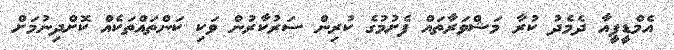
އެމްޑީޕީއާ ދެމެދު ކުރާ މަޝްވަރާތައް ފެށުމުގެ ކުރިން ސަރުކާރުން ވަކި ކަންތައްތަކެއް ކޮށްދިނުމަށް